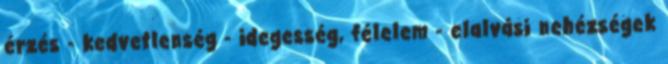
érzés - kedvetlenség - idegesség, félelem - elalvási nehézségek